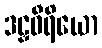
ဒဠှဝီရိယော